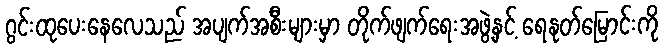
ဂွင်းထုပေးနေလေသည် အပျက်အစီးများမှာ တိုက်ဖျက်ရေးအဖွဲ့နှင့် ရေနုတ်မြောင်းကို